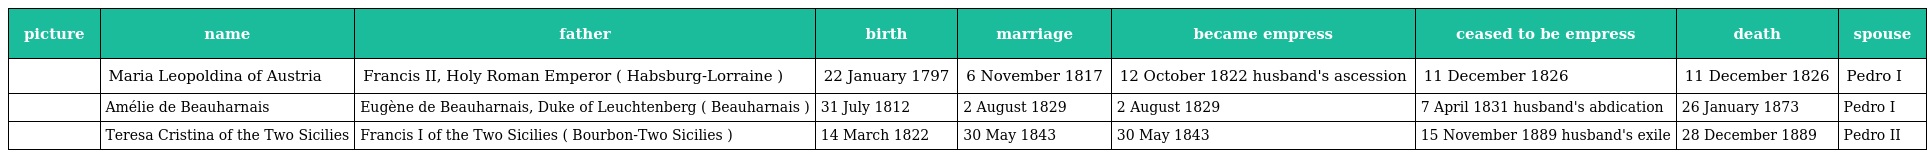
| picture | name | father | birth | marriage | became empress | ceased to be empress | death | spouse |
 | --- | --- | --- | --- | --- | --- | --- | --- | --- |
 |  | Maria Leopoldina of Austria | Francis II, Holy Roman Emperor ( Habsburg-Lorraine ) | 22 January 1797 | 6 November 1817 | 12 October 1822 husband's ascession | 11 December 1826 | 11 December 1826 | Pedro I |
 |  | Amélie de Beauharnais | Eugène de Beauharnais, Duke of Leuchtenberg ( Beauharnais ) | 31 July 1812 | 2 August 1829 | 2 August 1829 | 7 April 1831 husband's abdication | 26 January 1873 | Pedro I |
 |  | Teresa Cristina of the Two Sicilies | Francis I of the Two Sicilies ( Bourbon-Two Sicilies ) | 14 March 1822 | 30 May 1843 | 30 May 1843 | 15 November 1889 husband's exile | 28 December 1889 | Pedro II |